65_HS1-834228961_62-HQ-83894_Section_8
Agency: FBI
Page 120
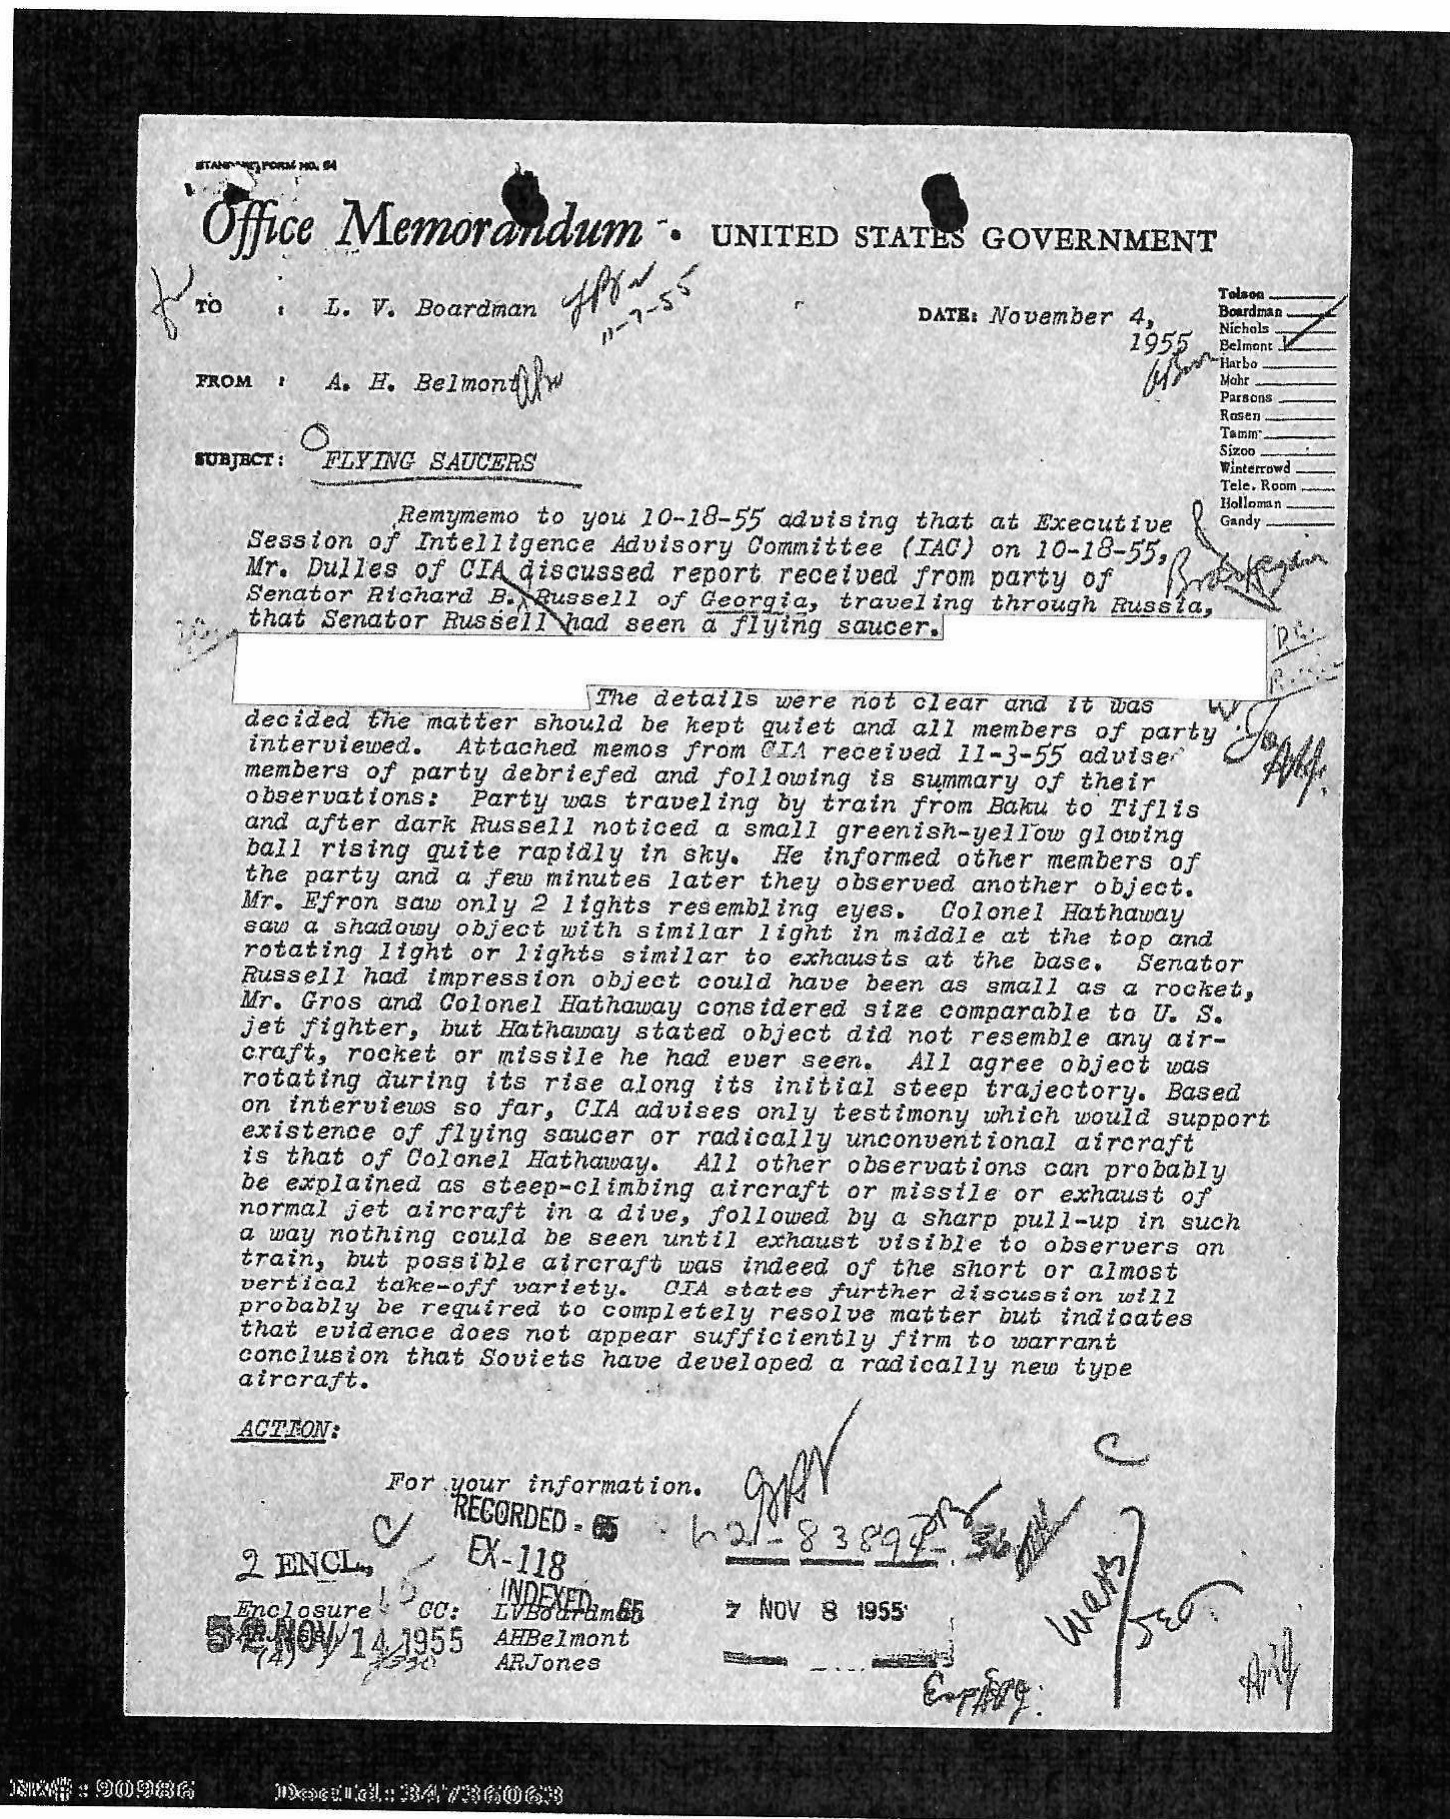